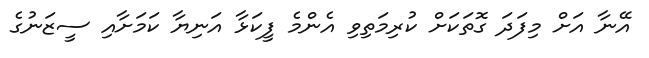
އޭނާ އަށް މިފަދަ ގޮތަކަށް ކުރިމަތިވި އެންމެ ފީކަޅާ އަނިޔާ ކަމަށާއި ސީޒަނުގެ